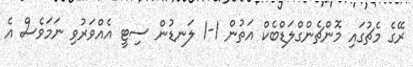
ރޭގެ މެޗުގައި މޮންޗެންގްލަޑްބެކް އަތުން 1-1 ލަނޑުން ސިޓީ އެއްވަރުވި ނަމަވެސް އެ